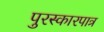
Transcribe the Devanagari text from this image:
पुरस्कारपात्र